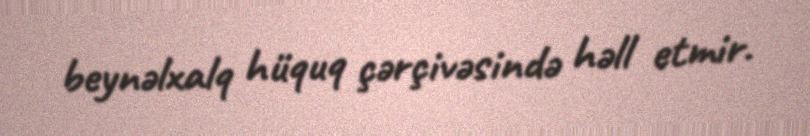
beynəlxalq hüquq çərçivəsində həll etmir.